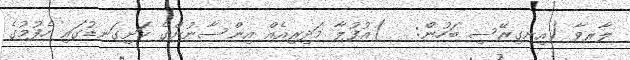
ލާރވާ (އިނގިރޭސި ބަހުން:   )އުފުލާ މަދިރިއެއް އިންސާނުންގެ ހަށިގަނޑުގައި ހެފުމުގެ